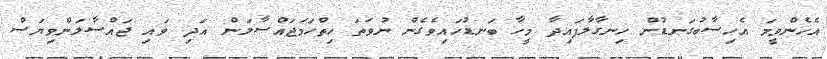
އެހެންވީމަ އެހިސާބުގަނޑުން ހިނގާލާފައިދާ މީހާ ބަނޑުހައިވެގެން ނުވަތަ ހިތްހަމަޖައްސާލަން އަދި ވައި ޖައްސާލަންވިޔަސް